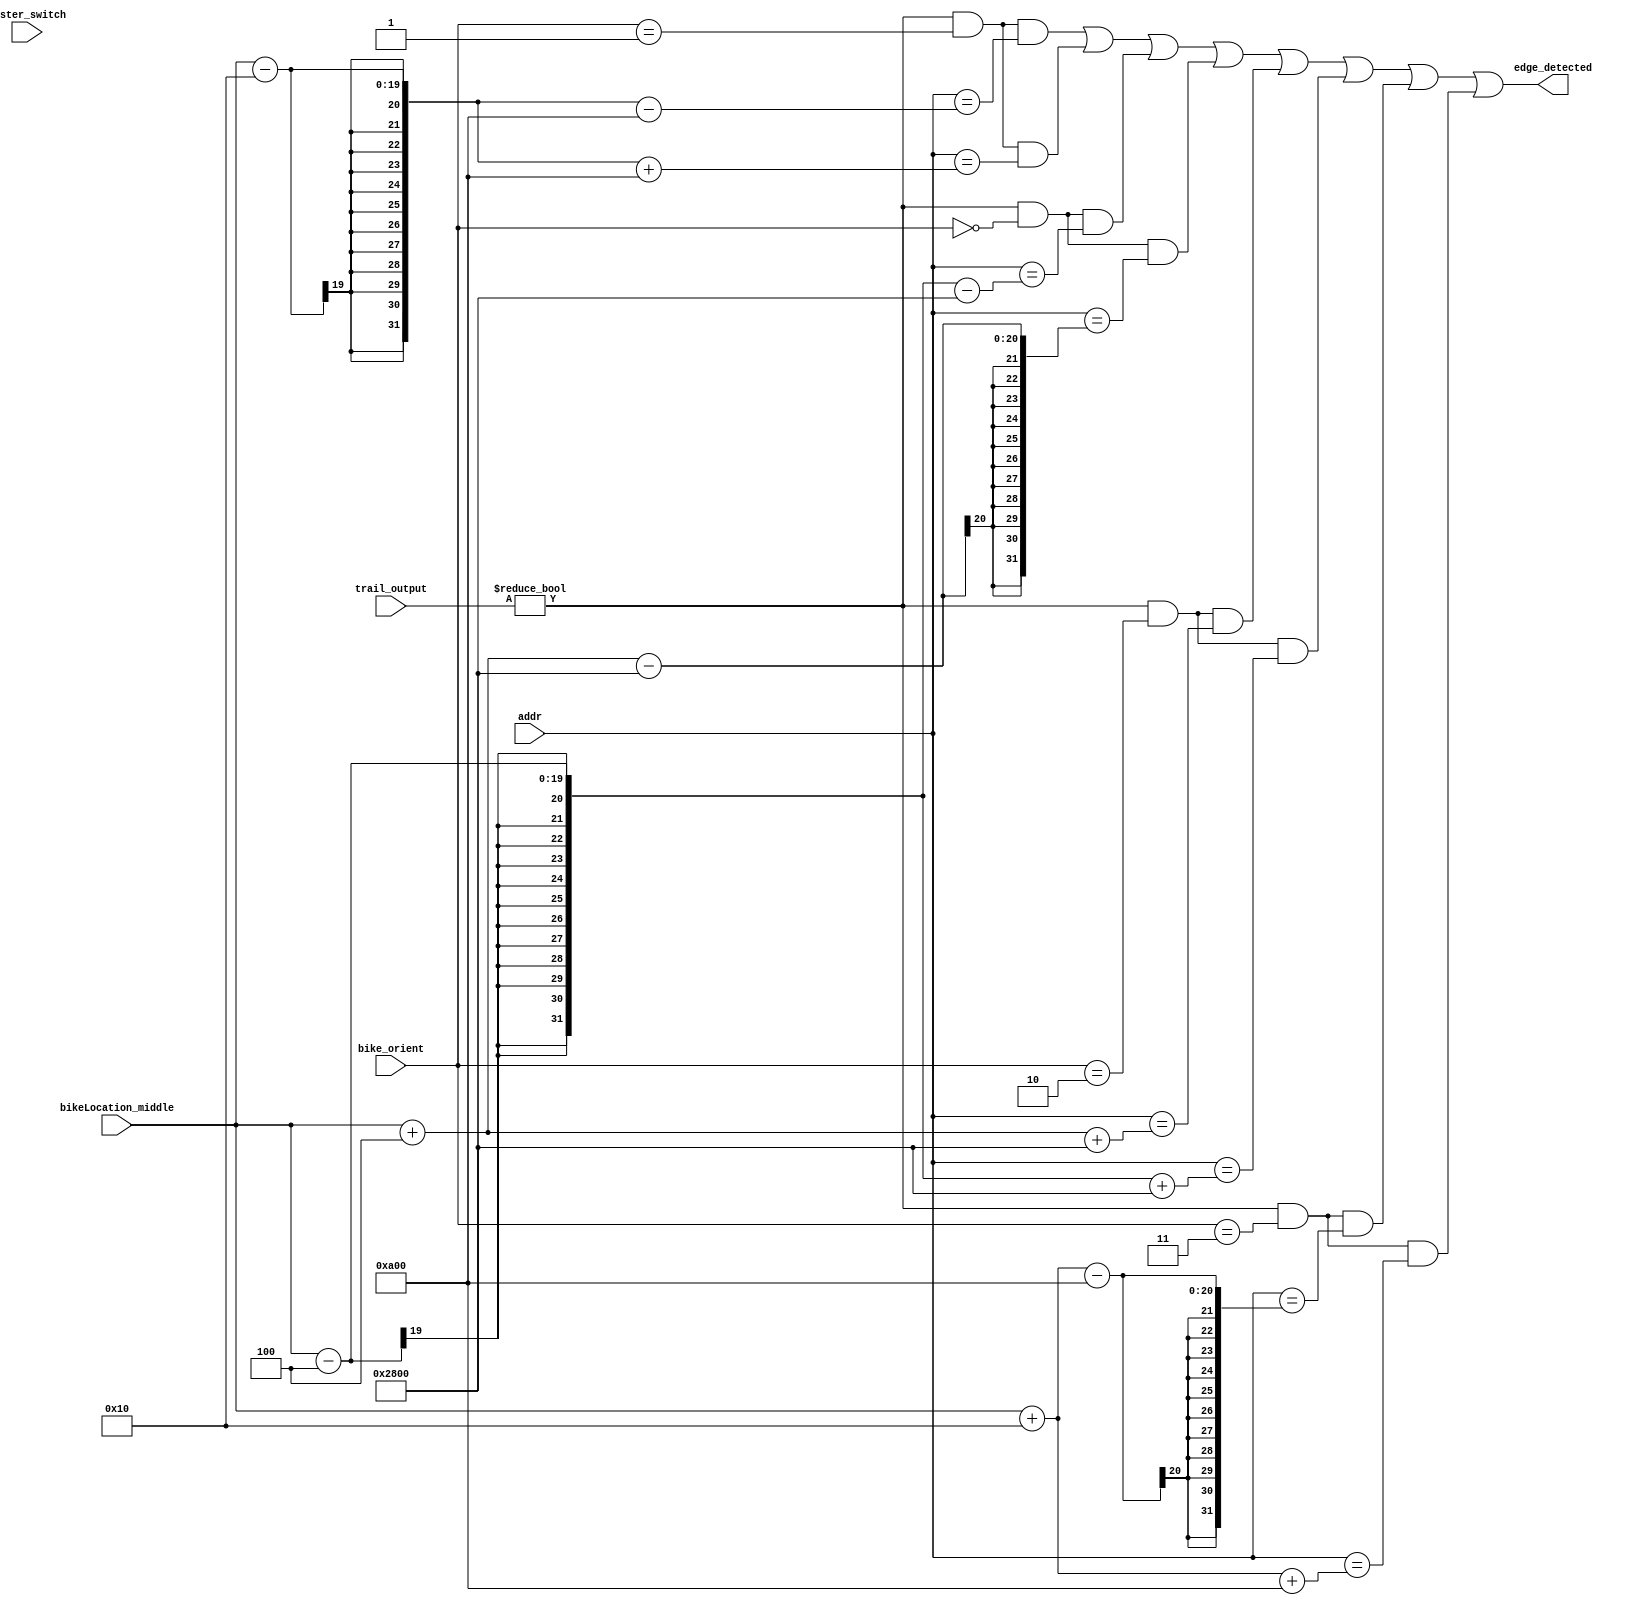
module edge_detection(trail_output, addr, bikeLocation_middle, bike_orient, edge_detected, master_switch);
	input [3:0] trail_output;
	input [18:0] addr;
	input [2:0] bike_orient;
	input [18:0] bikeLocation_middle;
	input master_switch;
	output edge_detected;
	
	wire edge_detected_left_a, edge_detected_left_b, edge_detected_right_a,edge_detected_right_b, edge_detected_up_a, edge_detected_up_b, edge_detected_down_a, edge_detected_down_b, edge_detected_dead;
	
//	// If bike is oriented up
	assign edge_detected_up_a = (trail_output!=32'd0 && bike_orient==32'd0 && addr==(bikeLocation_middle-32'd4-(32'd16*32'd640)));
	assign edge_detected_up_b = (trail_output!=32'd0 && bike_orient==32'd0 && addr==(bikeLocation_middle+32'd4-(32'd16*32'd640)));
	
	// If bike is oriented left
	assign edge_detected_left_a = (trail_output!=32'd0 && bike_orient==32'd1 && addr==(bikeLocation_middle-32'd16-(32'd4*32'd640)));
	assign edge_detected_left_b = (trail_output!=32'd0 && bike_orient==32'd1 && addr==(bikeLocation_middle-32'd16+(32'd4*32'd640)));	
	
	// If bike is oriented down
	assign edge_detected_down_a = (trail_output!=32'd0 && bike_orient==32'd2 && addr==(bikeLocation_middle+32'd4+(32'd16*32'd640)));
	assign edge_detected_down_b = (trail_output!=32'd0 && bike_orient==32'd2 && addr==(bikeLocation_middle-32'd4+(32'd16*32'd640)));

// If bike is oriented right
	assign edge_detected_right_a = (trail_output!=32'd0 && bike_orient==32'd3 && addr==(bikeLocation_middle+32'd16-(32'd4*32'd640)));
	assign edge_detected_right_b = (trail_output!=32'd0 && bike_orient==32'd3 && addr==(bikeLocation_middle+32'd16+(32'd4*32'd640)));
	
	or or_edge(edge_detected,edge_detected_left_a, edge_detected_left_b, edge_detected_up_a, edge_detected_up_b, edge_detected_down_a, edge_detected_down_b, edge_detected_right_a, edge_detected_right_b);

endmodule